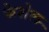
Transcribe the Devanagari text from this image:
केशेल